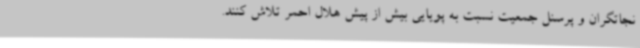
نجاتگران و پرسنل جمعیت نسبت به پویایی بیش از پیش هلال احمر تلاش کنند.